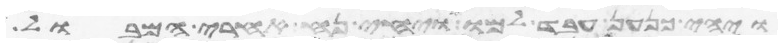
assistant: ויהי כנען עבד למו ויחי נח אחרי המבול